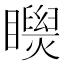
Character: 𥌝